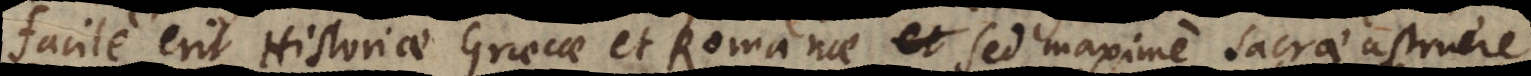
facile erit Historiae Graecae et Romanae sed maxime Sacrae astruere